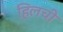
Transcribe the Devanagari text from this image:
हिलची